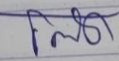
โต๊ด